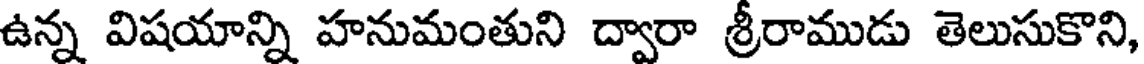
ఉన్న విషయాన్ని హనుమంతుని ద్వారా శ్రీరాముడు తెలుసుకొని,